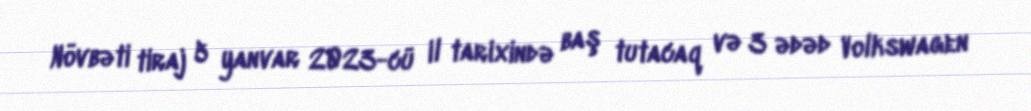
Növbəti tiraj 5 yanvar 2023-cü il tarixində baş tutacaq və 3 ədəd Volkswagen